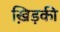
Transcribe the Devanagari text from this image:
ख़िड़की